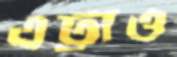
এট্টাও